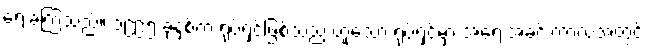
ရေးခဲ့ကြသည်။ ၁၉၉၅ ခုနှစ်က ရုပ်ရှင်ဖြစ်သည့် ဟူသော ရုပ်ရှင်မှာ အရေးအခင်းကာလအတွင်